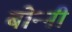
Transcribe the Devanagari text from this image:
बोन्‍नी